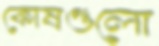
কোষগুলো